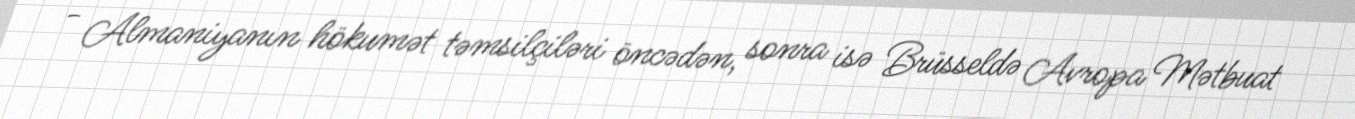
- Almaniyanın hökumət təmsilçiləri öncədən, sonra isə Brüsseldə Avropa Mətbuat